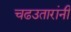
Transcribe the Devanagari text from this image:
चढउतारांनी